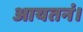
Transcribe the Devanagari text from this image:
आयतनं।